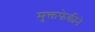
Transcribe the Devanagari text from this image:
मुक्तफेकीने